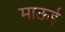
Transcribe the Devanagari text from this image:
माऊई